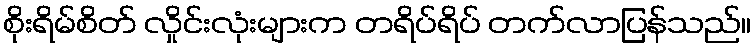
စိုးရိမ်စိတ် လှိုင်းလုံးများက တရိပ်ရိပ် တက်လာပြန်သည်။